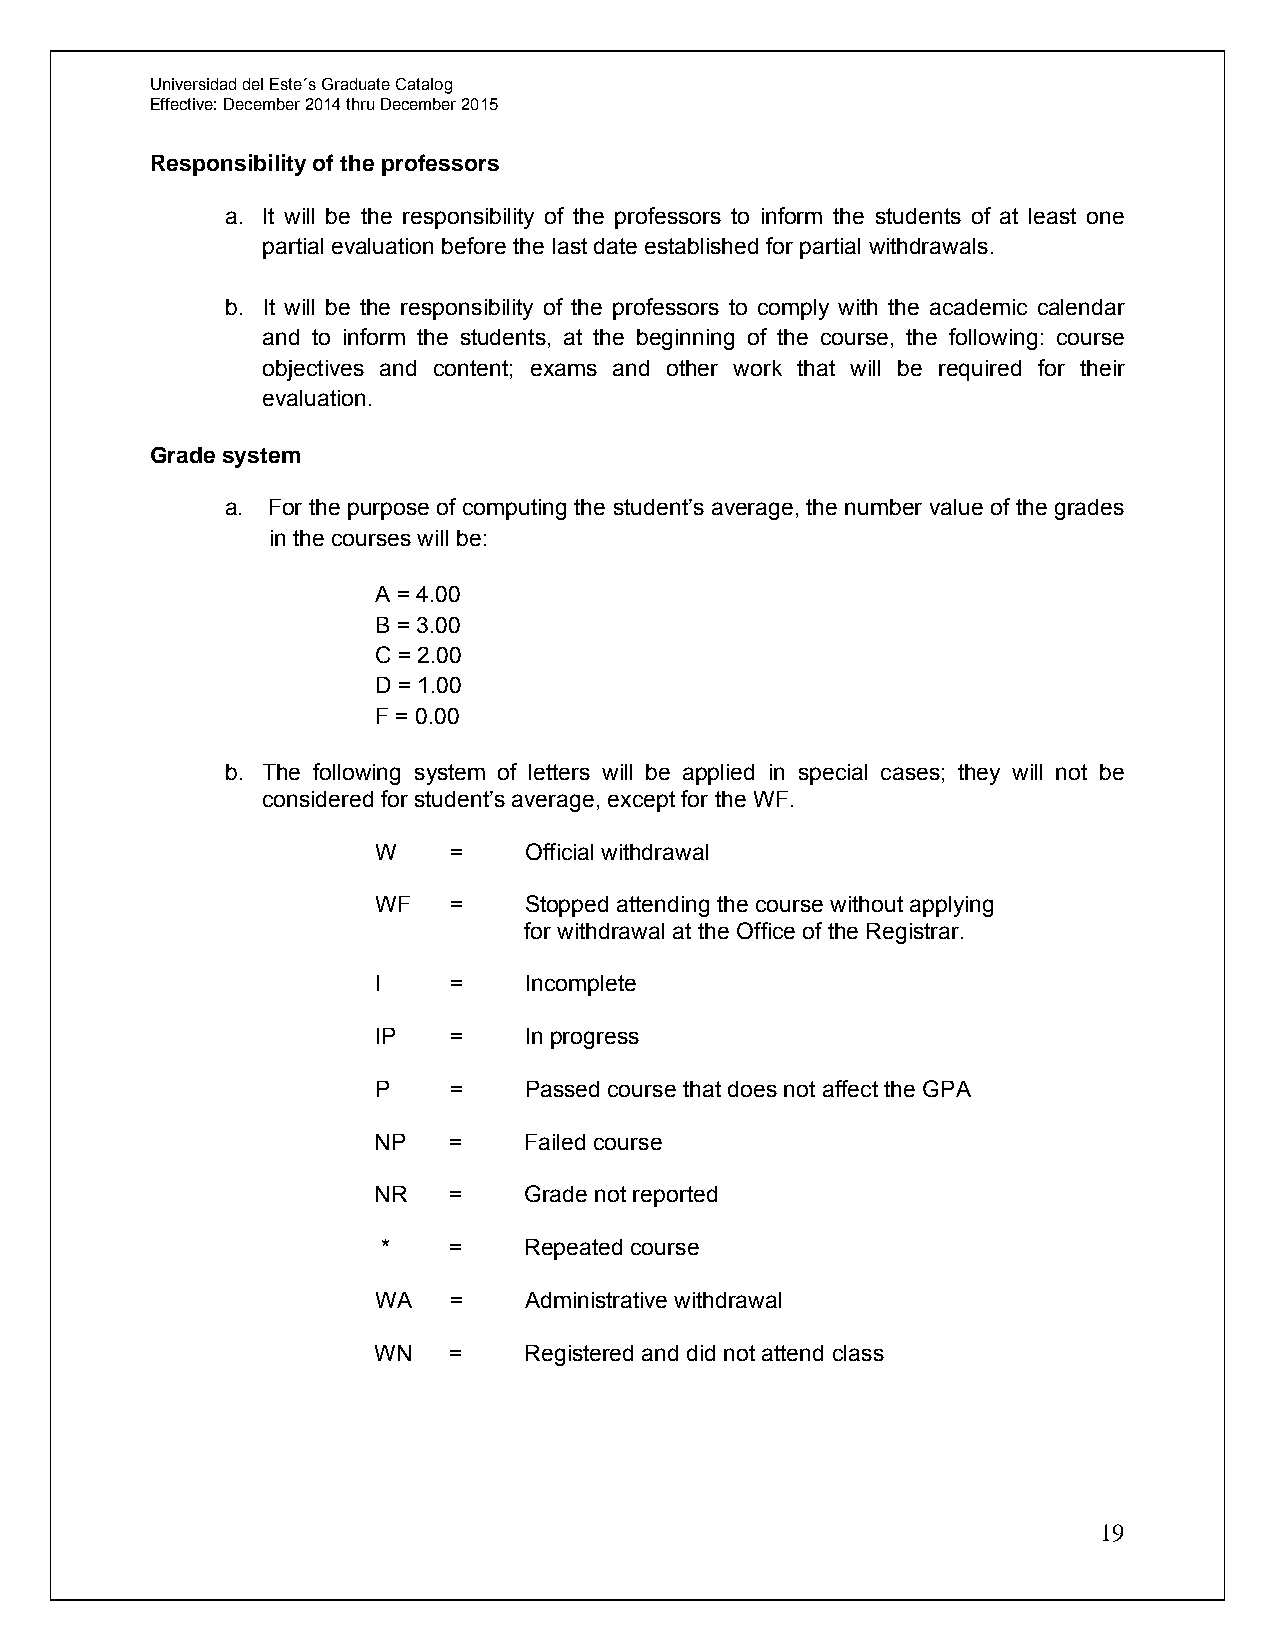
Universidad del Este´s Graduate Catalog
 Effective: December 2014 thru December 2015
 Responsibility of the professors
 a. It will be the responsibility of the professors to inform the students of at least one
 partial evaluation before the last date established for partial withdrawals.
 b. It will be the responsibility of the professors to comply with the academic calendar
 and to inform the students, at the beginning of the course, the following: course
 objectives and content; exams and other work that will be required for their
 evaluation.
 Grade system
 a. For the purpose of computing the student’s average, the number value of the grades
 in the courses will be:
 A = 4.00
 B = 3.00
 C = 2.00
 D = 1.00
 F = 0.00
 b. The following system of letters will be applied in special cases; they will not be
 considered for student’s average, except for the WF.
 W    =    Official withdrawal
 WF   =    Stopped attending the course without applying
 for withdrawal at the Office of the Registrar.
 I    =    Incomplete
 IP   =    In progress
 P    =    Passed course that does not affect the GPA
 NP   =    Failed course
 NR   =    Grade not reported
 *    =    Repeated course
 WA   =    Administrative withdrawal
 WN   =    Registered and did not attend class
 19